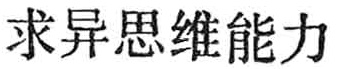
求异思维能力